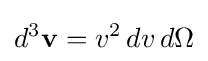
d^{3}\mathbf {v} =v^{2}\,dv\,d\Omega